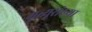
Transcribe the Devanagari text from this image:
मृत्यूसंख्या